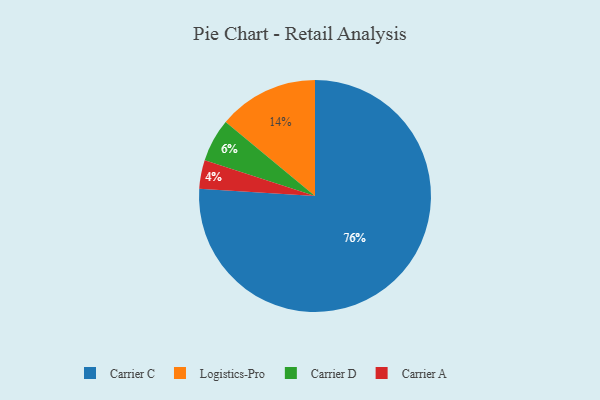
{"axis": {"x": "Category", "y": "Percentage"}, "legend": ["Carrier A", "Carrier C", "Carrier D", "Logistics-Pro"], "data": [{"x": "Carrier D", "y": 6, "type": "Carrier D"}, {"x": "Logistics-Pro", "y": 14, "type": "Logistics-Pro"}, {"x": "Carrier C", "y": 76, "type": "Carrier C"}, {"x": "Carrier A", "y": 4, "type": "Carrier A"}]}